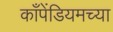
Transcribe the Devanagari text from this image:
काँपेंडियमच्या